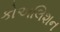
કોઅલિશન